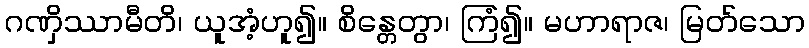
ဂဏှိဿာမီတိ၊ ယူအံ့ဟူ၍။ စိန္တေတွာ၊ ကြံ၍။ မဟာရာဇ၊ မြတ်သော